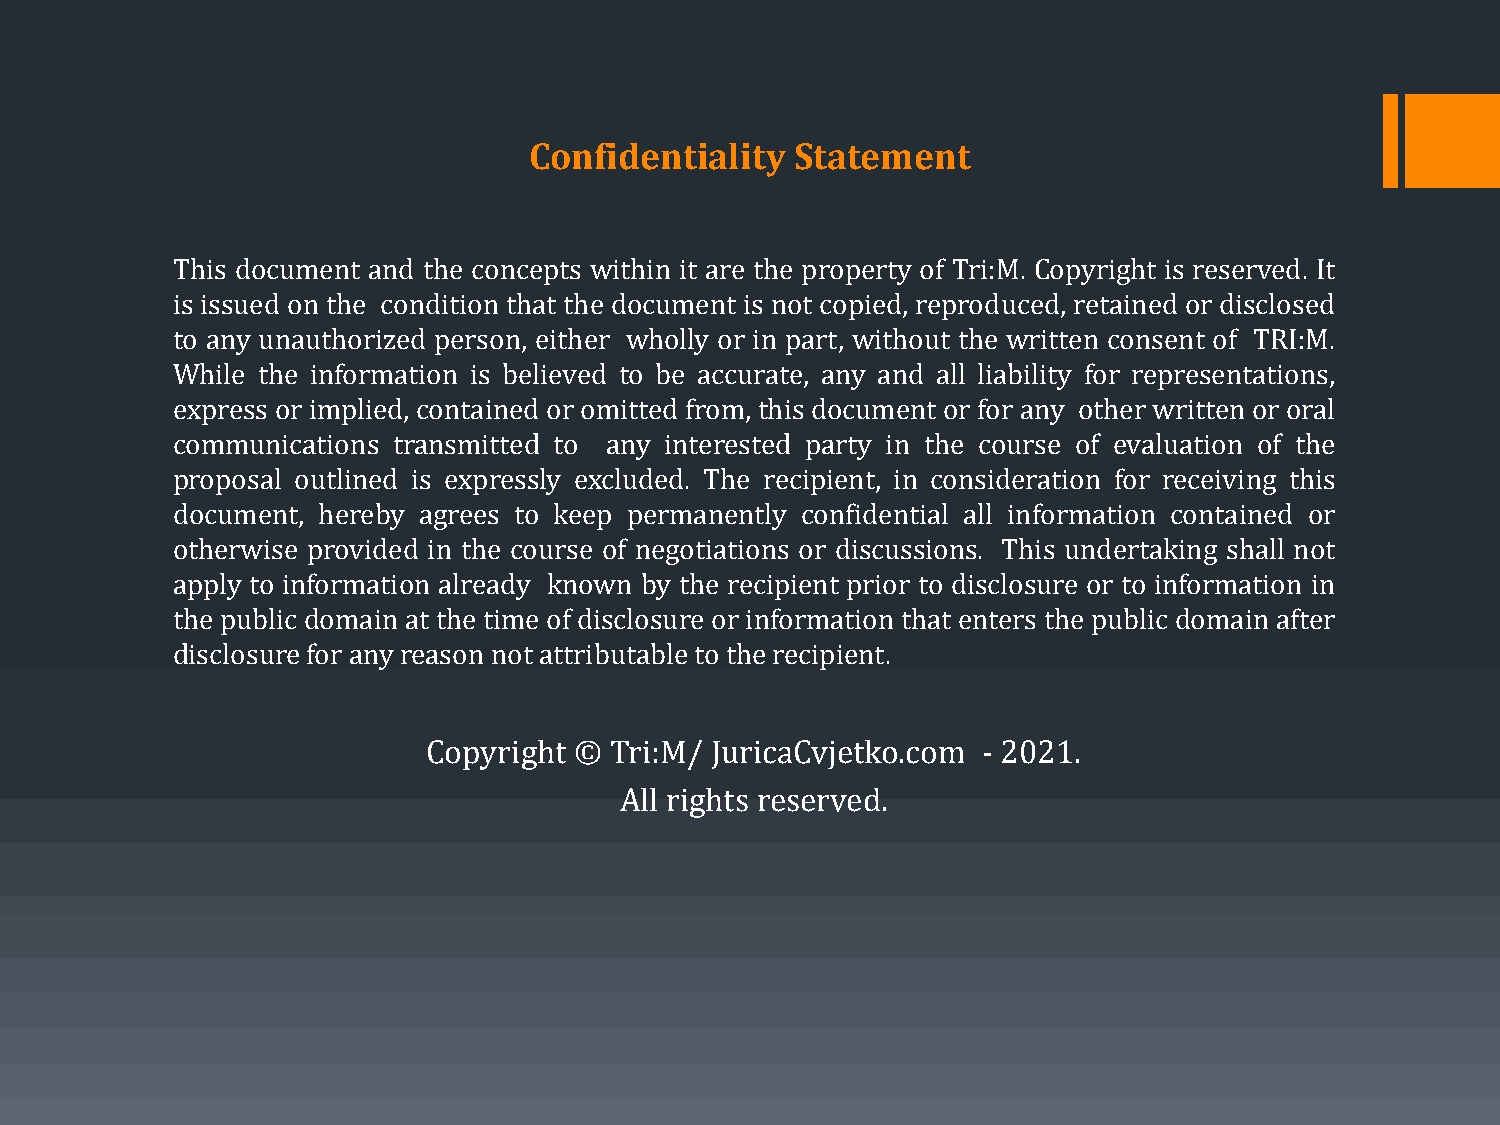
Confidentiality   Statement
 This document and the concepts within it are the property of Tri:M. Copyright is reserved. It
 is issued on the condition that the document is not copied, reproduced, retained or disclosed
 to any unauthorized person, either wholly or in part, without the written consent of TRI:M.
 While the information is believed to be accurate, any and all liability for representations,
 express or implied, contained or omitted from, this document or for any other written or oral
 communications transmitted to any interested party in the course of evaluation of the
 proposal outlined is expressly excluded. The recipient, in consideration for receiving this
 document, hereby agrees to keep permanently confidential all information contained or
 otherwise provided in the course of negotiations or discussions. This undertaking shall not
 apply to information already known by the recipient prior to disclosure or to information in
 the public domain at the time of disclosure or information that enters the public domain after
 disclosureforany reason not attributabletotherecipient.
 Copyright © Tri:M/ JuricaCvjetko.com - 2021.
 All rights reserved.